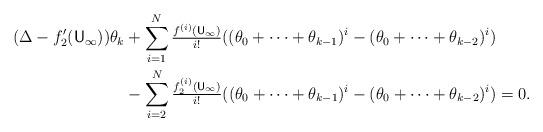
LaTeX: \begin{align*} (\Delta -f_2'({\sf U}_\infty)) \theta_k &+ \sum_{i=1}^N \tfrac{f^{(i)}({\sf U}_\infty)}{i!} ((\theta_0+\cdots+\theta_{k-1})^i-(\theta_0+\cdots+\theta_{k-2})^i) \\ & - \sum_{i=2}^N \tfrac{f_2^{(i)}({\sf U}_\infty)}{i!} ((\theta_0+\cdots+\theta_{k-1})^i-(\theta_0+\cdots+\theta_{k-2})^i) =0. \end{align*}